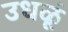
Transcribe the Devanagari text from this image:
उधळूं